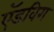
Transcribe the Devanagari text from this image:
ऍडविग